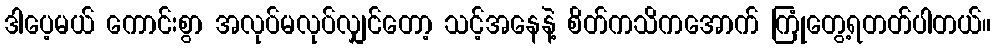
ဒါပေ့မယ် ကောင်းစွာ အလုပ်မလုပ်လျှင်တော့ သင့်အနေနဲ့ စိတ်ကသိကအောက် ကြုံတွေ့ရတတ်ပါတယ်။